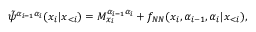
\tilde { \psi } ^ { \alpha _ { i - 1 } \alpha _ { i } } ( x _ { i } | \boldsymbol x _ { < i } ) = M _ { x _ { i } } ^ { \alpha _ { i - 1 } \alpha _ { i } } + f _ { N N } ( x _ { i } , \alpha _ { i - 1 } , \alpha _ { i } | \boldsymbol x _ { < i } ) ,